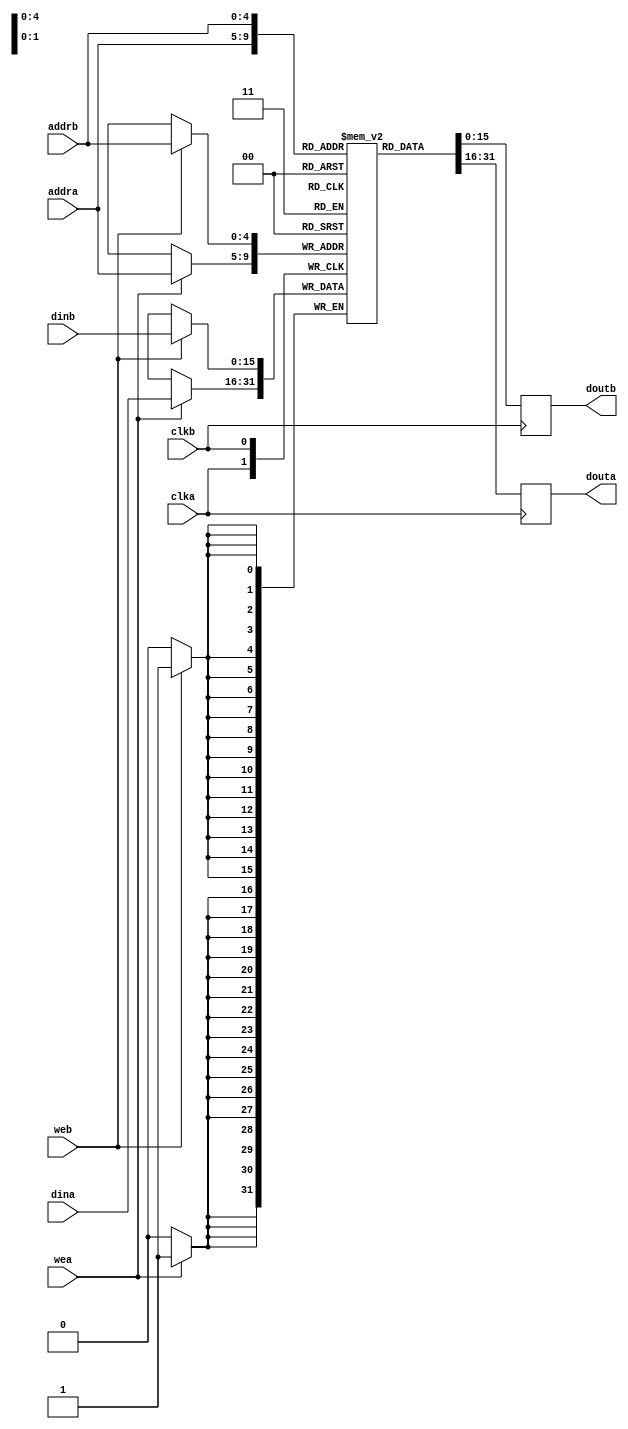


module dpram #(
   parameter DATA = 16,
   parameter ADDR = 5
)(
   input 			clka,  
   input 			wea , 
   input 	[ADDR-1:0]	addra,
   input 	[DATA-1:0] 	dina,  
   output reg	[DATA-1:0] 	douta,  	

   input 			clkb,    
   input 			web,      
   input 	[ADDR-1:0] 	addrb,  
   input 	[DATA-1:0] 	dinb,
   output reg 	[DATA-1:0] 	doutb
);


reg [DATA-1:0] mem [0:2**ADDR-1];

always @(posedge clka) begin
   if (wea) begin
      mem[addra] <= dina;
   end
   douta <= mem[addra];
end

always @(posedge clkb) begin
   if (web) begin
      mem[addrb] <= dinb;
   end
   doutb <= mem[addrb];
end

endmodule